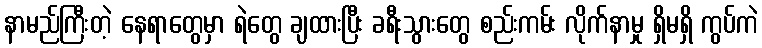
နာမည်ကြီးတဲ့ နေရာတွေမှာ ရဲတွေ ချထားပြီး ခရီးသွားတွေ စည်းကမ်း လိုက်နာမှု ရှိမရှိ ကွပ်ကဲ